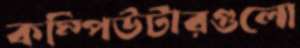
কম্পিউটারগুলো